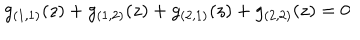
g _ { ( 1 , 1 ) } ( z ) + g _ { ( 1 , 2 ) } ( z ) + g _ { ( 2 , 1 ) } ( z ) + g _ { ( 2 , 2 ) } ( z ) = 0